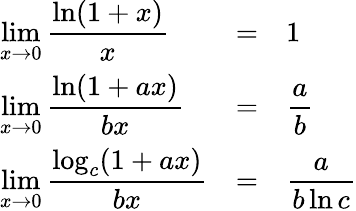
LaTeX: {\begin{array}{lcl}{\displaystyle\operatorname*{lim}_{x\to 0}{\frac{\ln(1+x)}{x}}}&{=}&{1}\\ {\displaystyle\operatorname*{lim}_{x\to 0}{\frac{\ln(1+ax)}{bx}}}&{=}&{\displaystyle{\frac{a}{b}}}\\ {\displaystyle\operatorname*{lim}_{x\to 0}{\frac{\log_{c}(1+ax)}{bx}}}&{=}&{\displaystyle{\frac{a}{b\ln c}}}\end{array}}